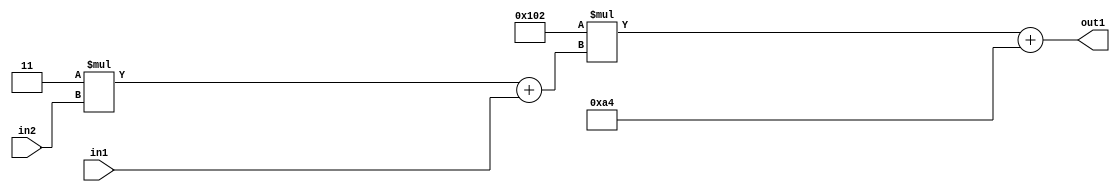
`timescale 1ps / 1ps
/*****************************************************************************
    Verilog RTL Description
    
    
    Created by: Stratus DpOpt 2019.1.01 
*******************************************************************************/

module DC_Filter_Add2i164Mul2i258Add2u1Mul2i3u2_4 (
	in2,
	in1,
	out1
	); /* architecture "behavioural" */ 
input [1:0] in2;
input  in1;
output [11:0] out1;
wire [11:0] asc001;
wire [3:0] asc002;

wire [3:0] asc002_tmp_0;
assign asc002_tmp_0 = 
	+(4'B0011 * in2);
assign asc002 = asc002_tmp_0
	+(in1);

wire [11:0] asc001_tmp_1;
assign asc001_tmp_1 = 
	+(12'B000100000010 * asc002);
assign asc001 = asc001_tmp_1
	+(12'B000010100100);

assign out1 = asc001;
endmodule

/* CADENCE  v7X5SQA= : u9/ySgnWtBlWxVPRXgAZ4Og= ** DO NOT EDIT THIS LINE ******/